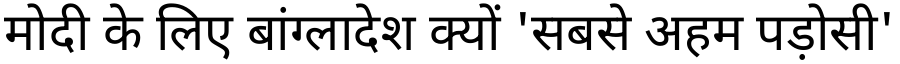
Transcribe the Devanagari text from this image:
मोदी के लिए बांग्लादेश क्यों 'सबसे अहम पड़ोसी'